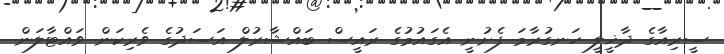
ސީރިއާގެ ދާޚީލީ ހަނގުރާމަ ފެށުނީ އެގައުމުގެ ރައީސް ބައްޝާރުލް އަސަދުގެ ވެރިކަން ވައްޓާލަން